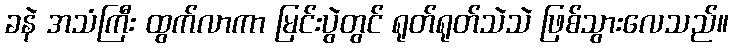
ခနဲ အသံကြီး ထွက်လာကာ မြင်းပွဲတွင် ရုတ်ရုတ်သဲသဲ ဖြစ်သွားလေသည်။